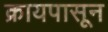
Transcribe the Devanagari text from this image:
क्रायपासून